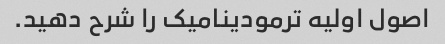
اصول اولیه ترمودینامیک را شرح دهید.